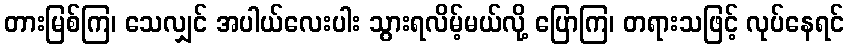
တားမြစ်ကြ၊ သေလျှင် အပါယ်လေးပါး သွားရလိမ့်မယ်လို့ ပြောကြ၊ တရားသဖြင့် လုပ်နေရင်